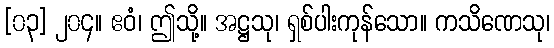
[၀၃] ၂၀၄။ ဧဝံ၊ ဤသို့။ အဋ္ဌသု၊ ရှစ်ပါးကုန်သော။ ကသိဏေသု၊